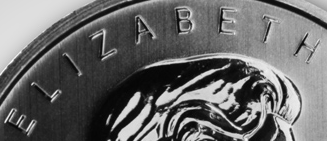
ELIZABETH